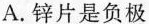
A.锌片是负极